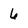
Character: 6